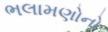
ભલામણોનો